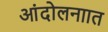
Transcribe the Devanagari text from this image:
आंदोलनाात